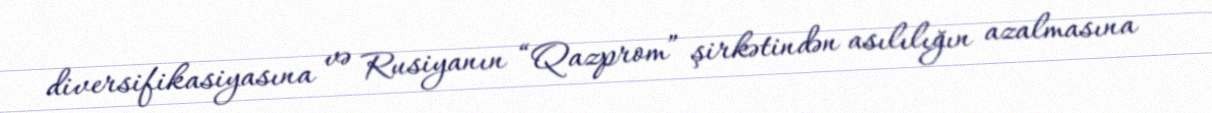
diversifikasiyasına və Rusiyanın “Qazprom” şirkətindən asılılığın azalmasına